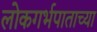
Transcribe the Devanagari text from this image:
लोकगर्भपाताच्या